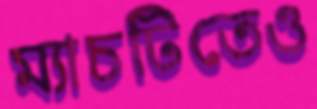
ম্যাচটিতেও